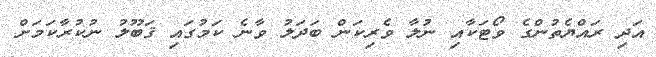
އަދި ރައްޔެތުންގެ ވޯޓަކާއި ނުލާ ވެރިކަން ބަދަލު ވާނެ ކަމުގައި ޤަބޫލު ނުކުރާކަމަށް